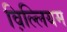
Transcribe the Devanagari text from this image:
व़िल्लियम